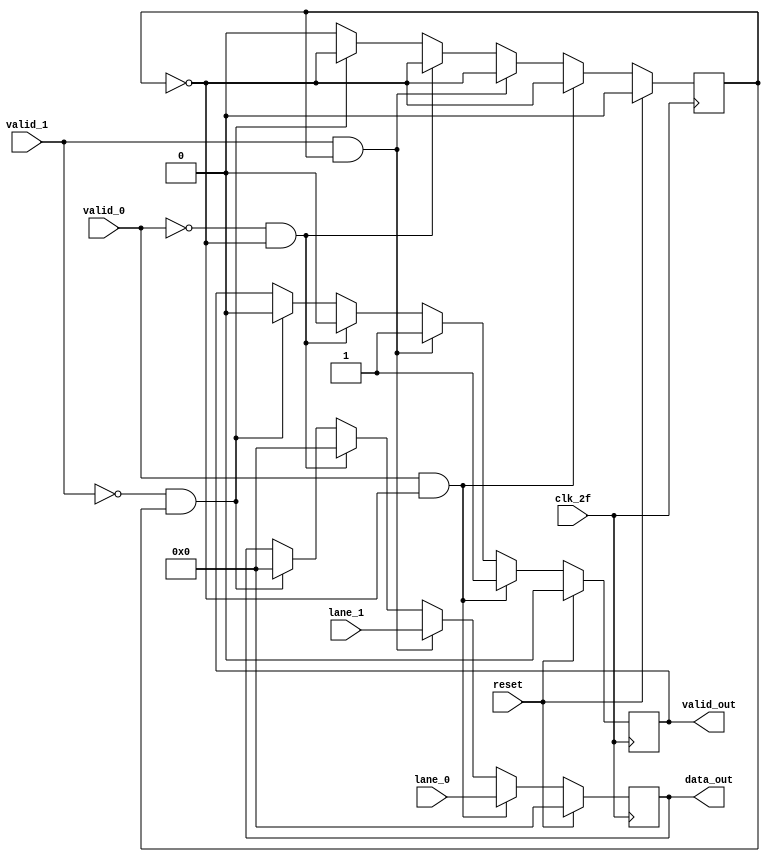
module un_stripring
(
    input clk_2f,
	input [31:0] lane_0,
	input [31:0] lane_1,
	input valid_0,
    input valid_1,
	input reset,
	output reg [31:0] data_out,
    output reg  valid_out
);
reg selector;
always @(posedge clk_2f) 
begin
    if(reset == 1)
    begin
        selector <=0;
        valid_out <= 0;
        data_out <= 32'h00000000;
    end
    else 
    begin
        selector <= 0;
        //valid_out <= 0;
        if(valid_0 == 1 && selector == 0) 
        begin
            data_out <= lane_0 ;
            selector <= ~selector;
            valid_out <= 1;
        end

        else if(valid_1 == 1 && selector == 1) 
        begin
            data_out <= lane_1 ;
            selector <= ~selector;
            valid_out <= 1;
        end

        else if (valid_0 == 0 && selector == 0) 
        begin
            valid_out <= 0;
            selector <= ~selector; //continuar haciendo toogle aunque valid este en 0
            data_out <= 32'h00000000;
        end

        else if (valid_1 == 0 && selector == 1) 
        begin
            valid_out <= 0;
            selector <= ~selector; //continuar haciendo toogle aunque valid este en 0
            data_out <= 32'h00000000;
        end
    end
end
endmodule